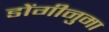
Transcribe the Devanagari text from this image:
डोंगीनुमा